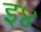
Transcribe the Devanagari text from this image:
इ४